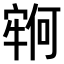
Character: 𫳵